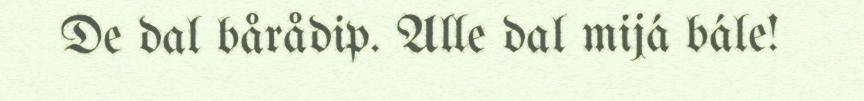
De dal bårådip. Alle dal mijá bále!